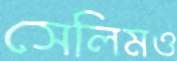
সেলিমও